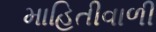
માહિતીવાળી